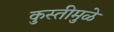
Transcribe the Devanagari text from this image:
कुस्तीमुळे